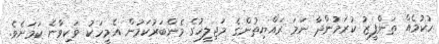
ހުކުމެއް ތަންފީޒު ކުރަމުންދާ ނަމަ ރައްޔިތުންގެ މަޖިލީހުގެ މެންބަރުކަމުން އެމީހަކު ވަކިވާނެ ކަމަށެވެ.